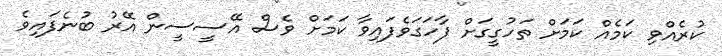
ކުރެއްވި ކަމެއް ކަމަށް ތަހުގީގަށް ފާހަގަވެފައިވާ ކަމަށް ވެސް އޭސީސީން އޭރު ބުނެފައިވެ